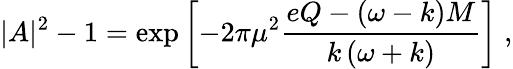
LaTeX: |A|^{2}-1=\exp\left[-2\pi\mu^{2}\frac{eQ-\left(\omega-k\right)M}{k\left(\omega+k\right)}\right]\; ,